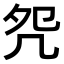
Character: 𠙀